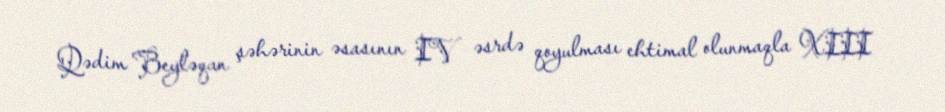
Qədim Beyləqan şəhərinin əsasının IV əsrdə qoyulması ehtimal olunmaqla XIII